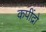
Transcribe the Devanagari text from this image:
कपींद्रो